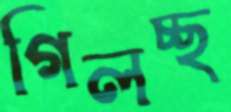
গিলচ্ছ